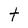
Character: t